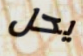
يحل